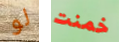
لو خمنت